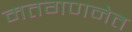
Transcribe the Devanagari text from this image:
मतगणनेत